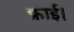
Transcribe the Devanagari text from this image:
फ्राई।